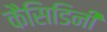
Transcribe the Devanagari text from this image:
कैसिडिनी